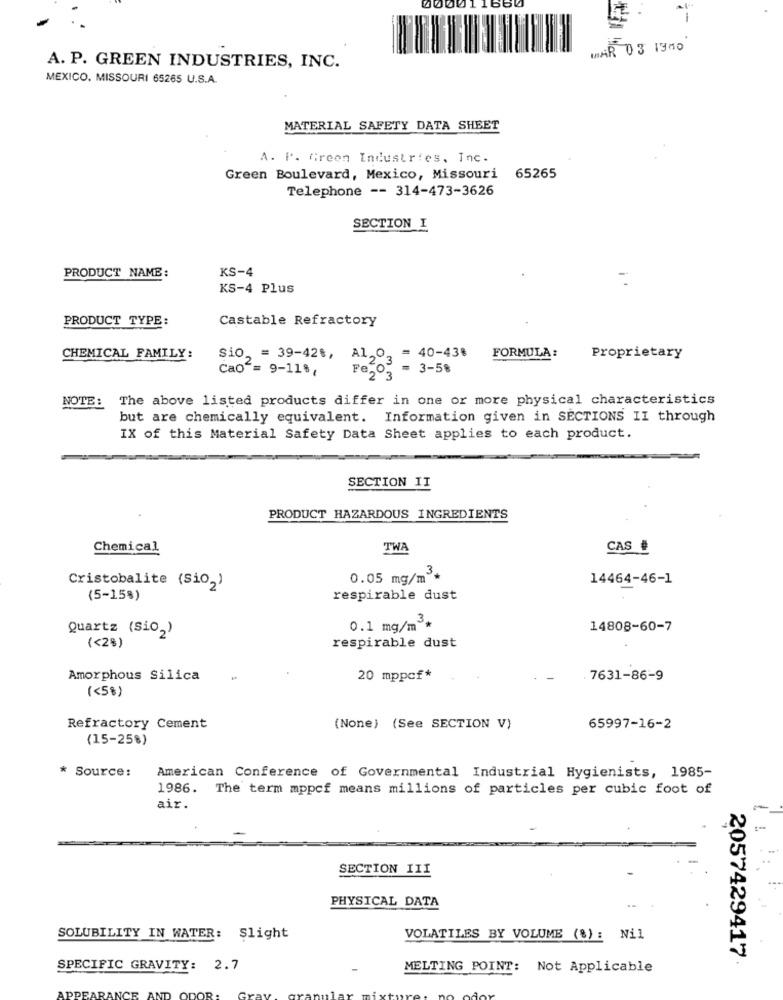
00001
66
MAR 03 1380
A. P. GREEN INDUSTRIES, INC.
MEXICO, MISSOURI 65265 U.S.A.
MATERIAL SAFETY DATA SHEET
A. P. Green Industries, Inc.
Green Boulevard, Mexico, Missouri 65265
Telephone -- 314-473-3626
SECTION I
KS-4
PRODUCT NAME:
KS-4 Plus
PRODUCT TYPE:
Castable Refractory
= 40-43%
CHEMICAL FAMILY:
Sio, = 39-42%, Al,0,
FORMULA:
Proprietary
Cao = 9-11%,
= 3-58
Fe2 3
NOTE: The above listed products differ in one or more physical characteristics
but are chemically equivalent. Information given in SECTIONS II through
IX of this Material Safety Data Sheet applies to each product.
SECTION II
PRODUCT HAZARDOUS INGREDIENTS
Chemical
TWA
CAS #
0.05 mg/m3*
14464-46-1
Cristobalite (Sio2)
(5-15%)
respirable dust
Quartz (Sio,)
0.1 mg/m *
14808-60-7
respirable dust
(<2%)
Amorphous Silica
20 mppcf*
7631-86-9
(<5%)
Refractory Cement
(None) (See SECTION V)
65997-16-2
(15-25%)
* Source:
American Conference of Governmental Industrial Hygienists, 1985-
1986. The term mppcf means millions of particles per cubic foot of
air.
SECTION III
PHYSICAL DATA
SOLUBILITY IN WATER: Slight
VOLATILES BY VOLUME (%) : Nil
2057429417
SPECIFIC GRAVITY: 2.7
MELTING POINT: Not Applicable